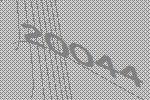
20044